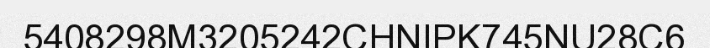
5408298M3205242CHNIPK745NU28C6